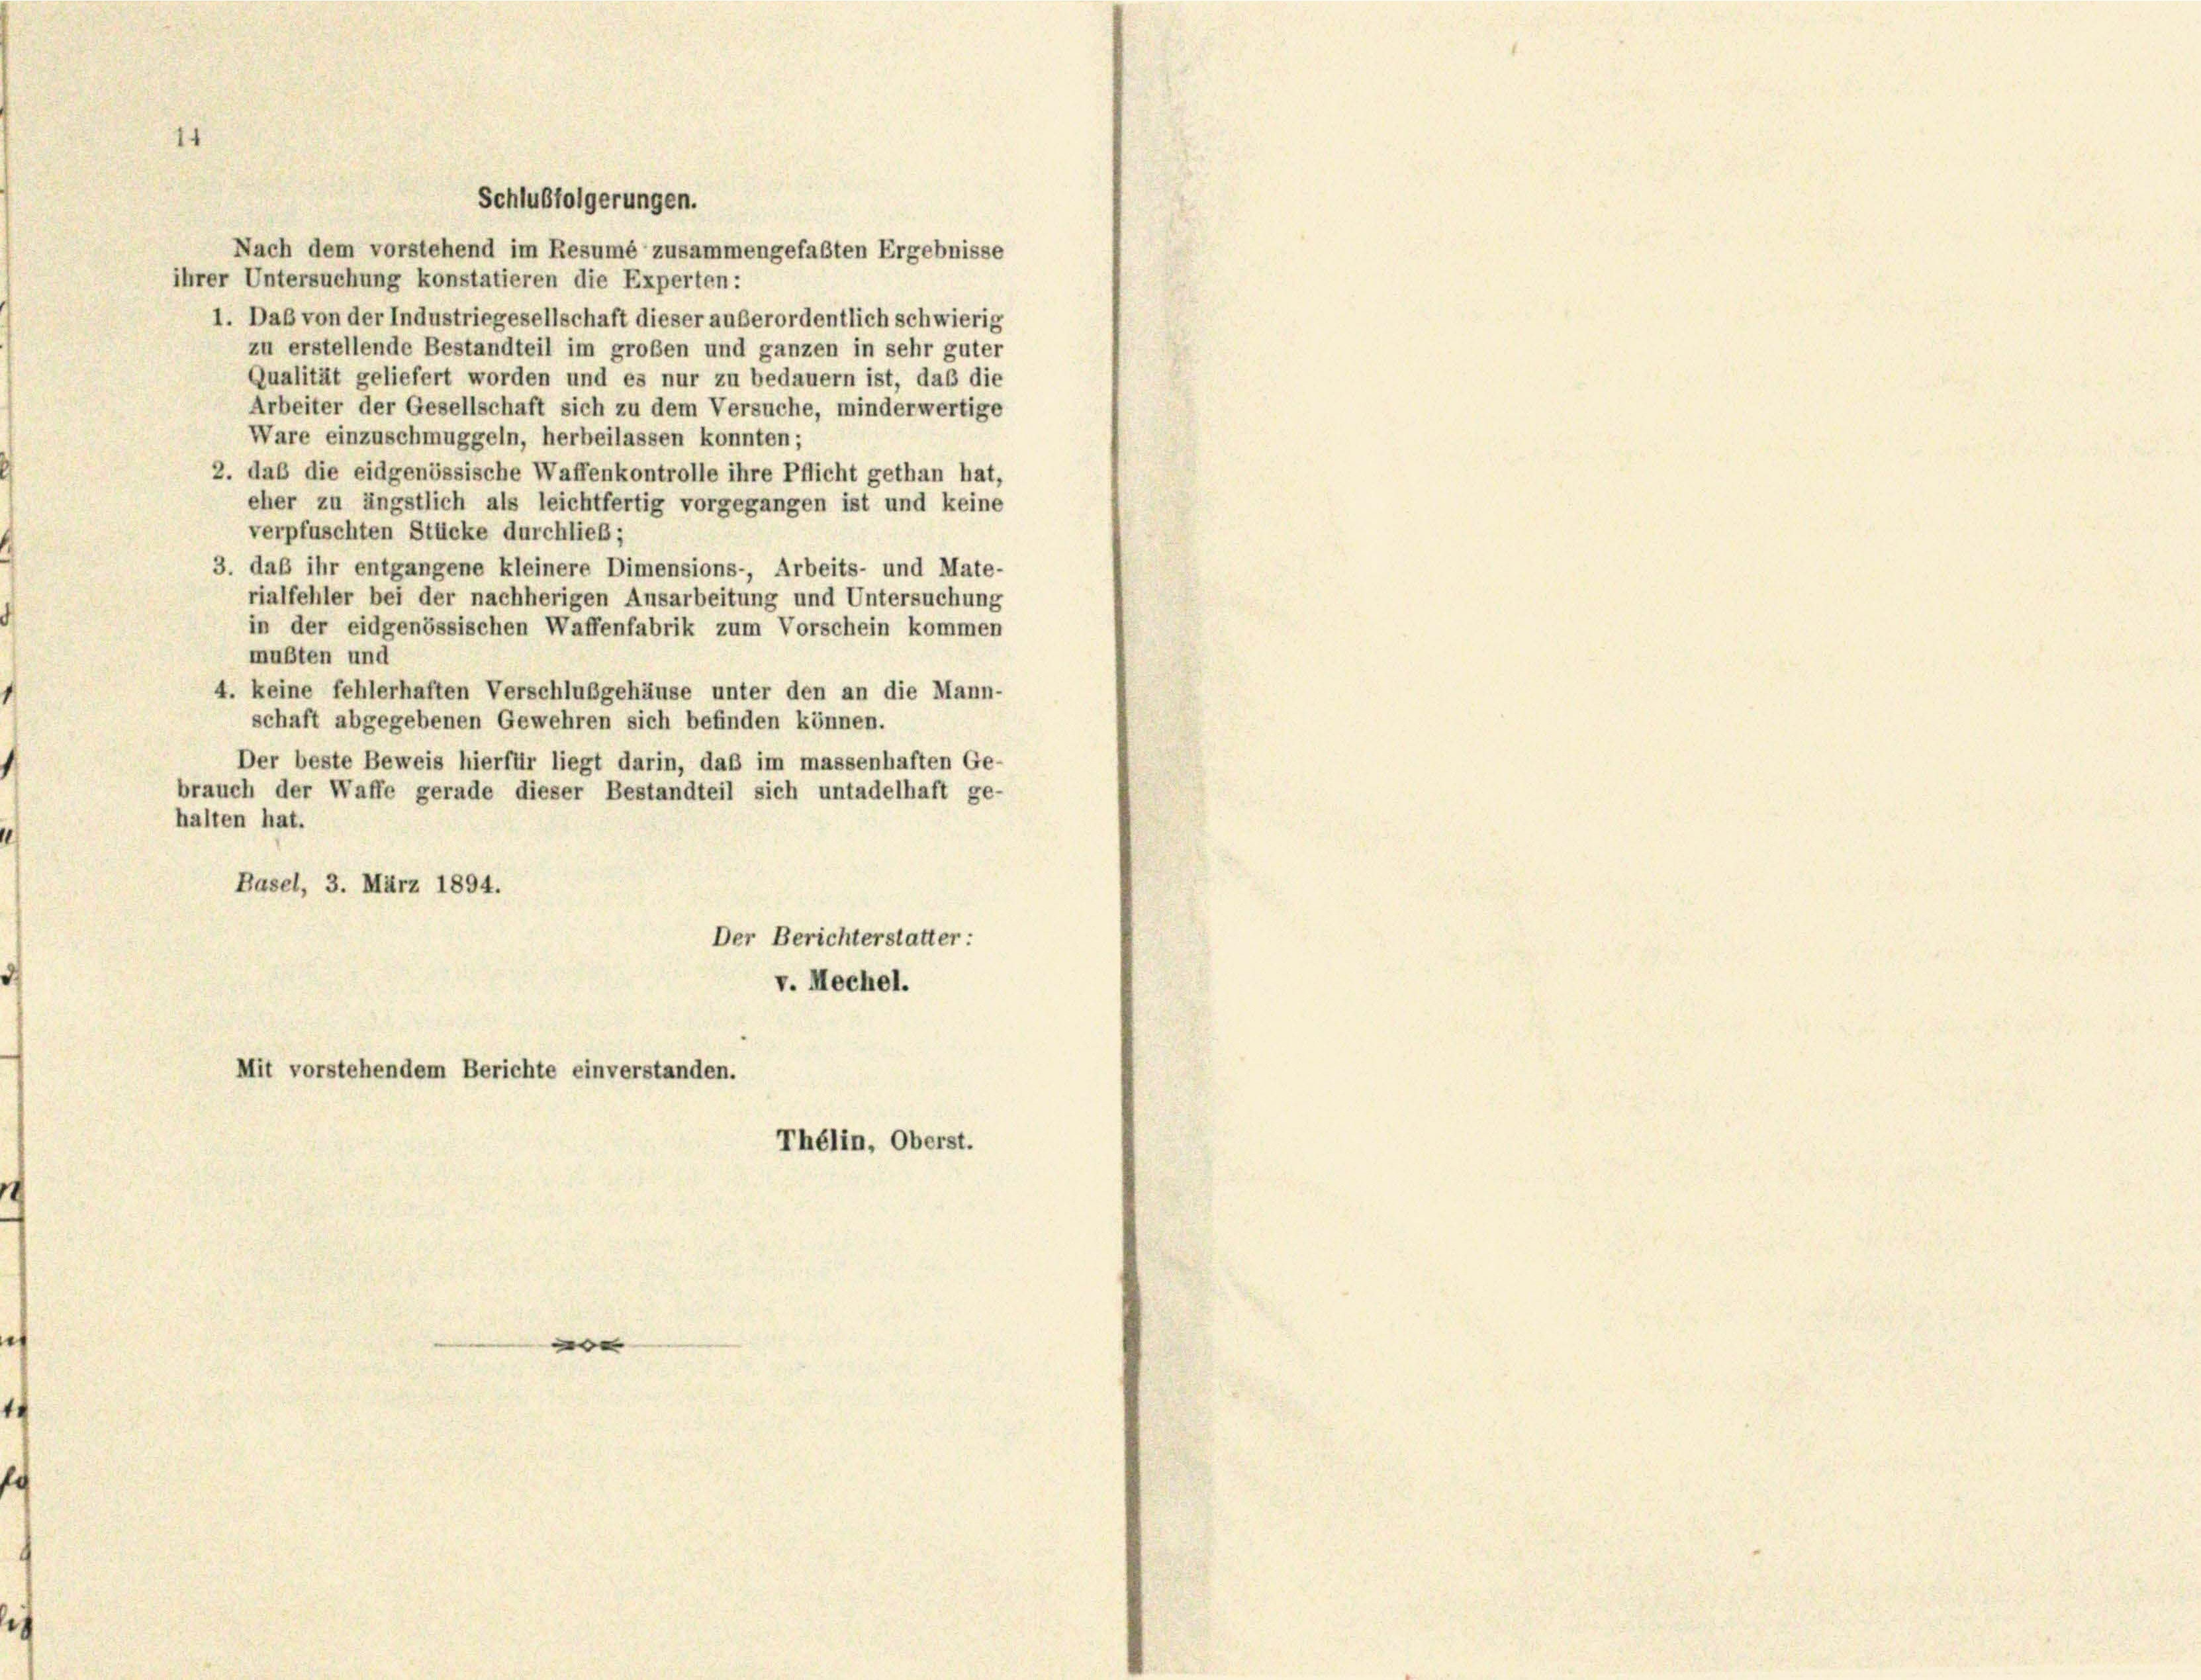
1

Schlußfolgerungen.

Nach dem vorstehend im Resumé zusammengefaßten Ergebnisse
ihrer Untersuchung konstatieren die Experten:
1. Daß von der Industriegesellschaft dieser außerordentlich schwierig
zu erstellende Bestandteil im großen und ganzen in sehr guter
Qualität geliefert worden und es nur zu bedauern ist, daß die
Arbeiter der Gesellschaft sich zu dem Versuche, minderwertige
Ware einzuschmuggeln, herbeilassen konnten;
2. daß die eidgenössische Waffenkontrolle ihre Pflicht gethan hat,
eher zu ängstlich als leichtfertig vorgegangen ist und keine
verpfuschten Stücke durchließ;
3. daß ihr entgangene kleinere Dimensions-, Arbeits- und Mate-
rialfehler bei der nachherigen Ansarbeitung und Untersuchung
in der eidgenössischen Waffenfabrik zum Vorschein kommen
mußten und
4. keine fehlerhaften Verschlußgehäuse unter den an die Mann-
schaft abgegebenen Gewehren sich befinden können.
Der beste Beweis hierfür liegt darin, daß im massenhaften Ge-
brauch der Waffe gerade dieser Bestandteil sich untadelhaft ge-
halten hat.
Basel, 3. März 1894.
Der Berichterstatter:
v. Mechel.
Mit vorstehendem Berichte einverstanden.

Thélin, Oberst.

e